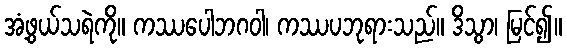
အံ့ဖွယ်သရဲကို။ ကဿပေါဘဂဝါ၊ ကဿပဘုရားသည်။ ဒိသွာ၊ မြင်၍။